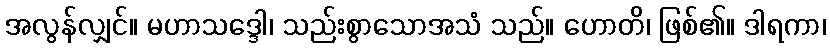
အလွန်လျှင်။ မဟာသဒ္ဒေါ၊ သည်းစွာသောအသံ သည်။ ဟောတိ၊ ဖြစ်၏။ ဒါရကာ၊